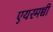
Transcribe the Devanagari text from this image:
एयरमच्ची